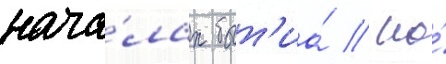
нача́лах быт'иа́ / но́